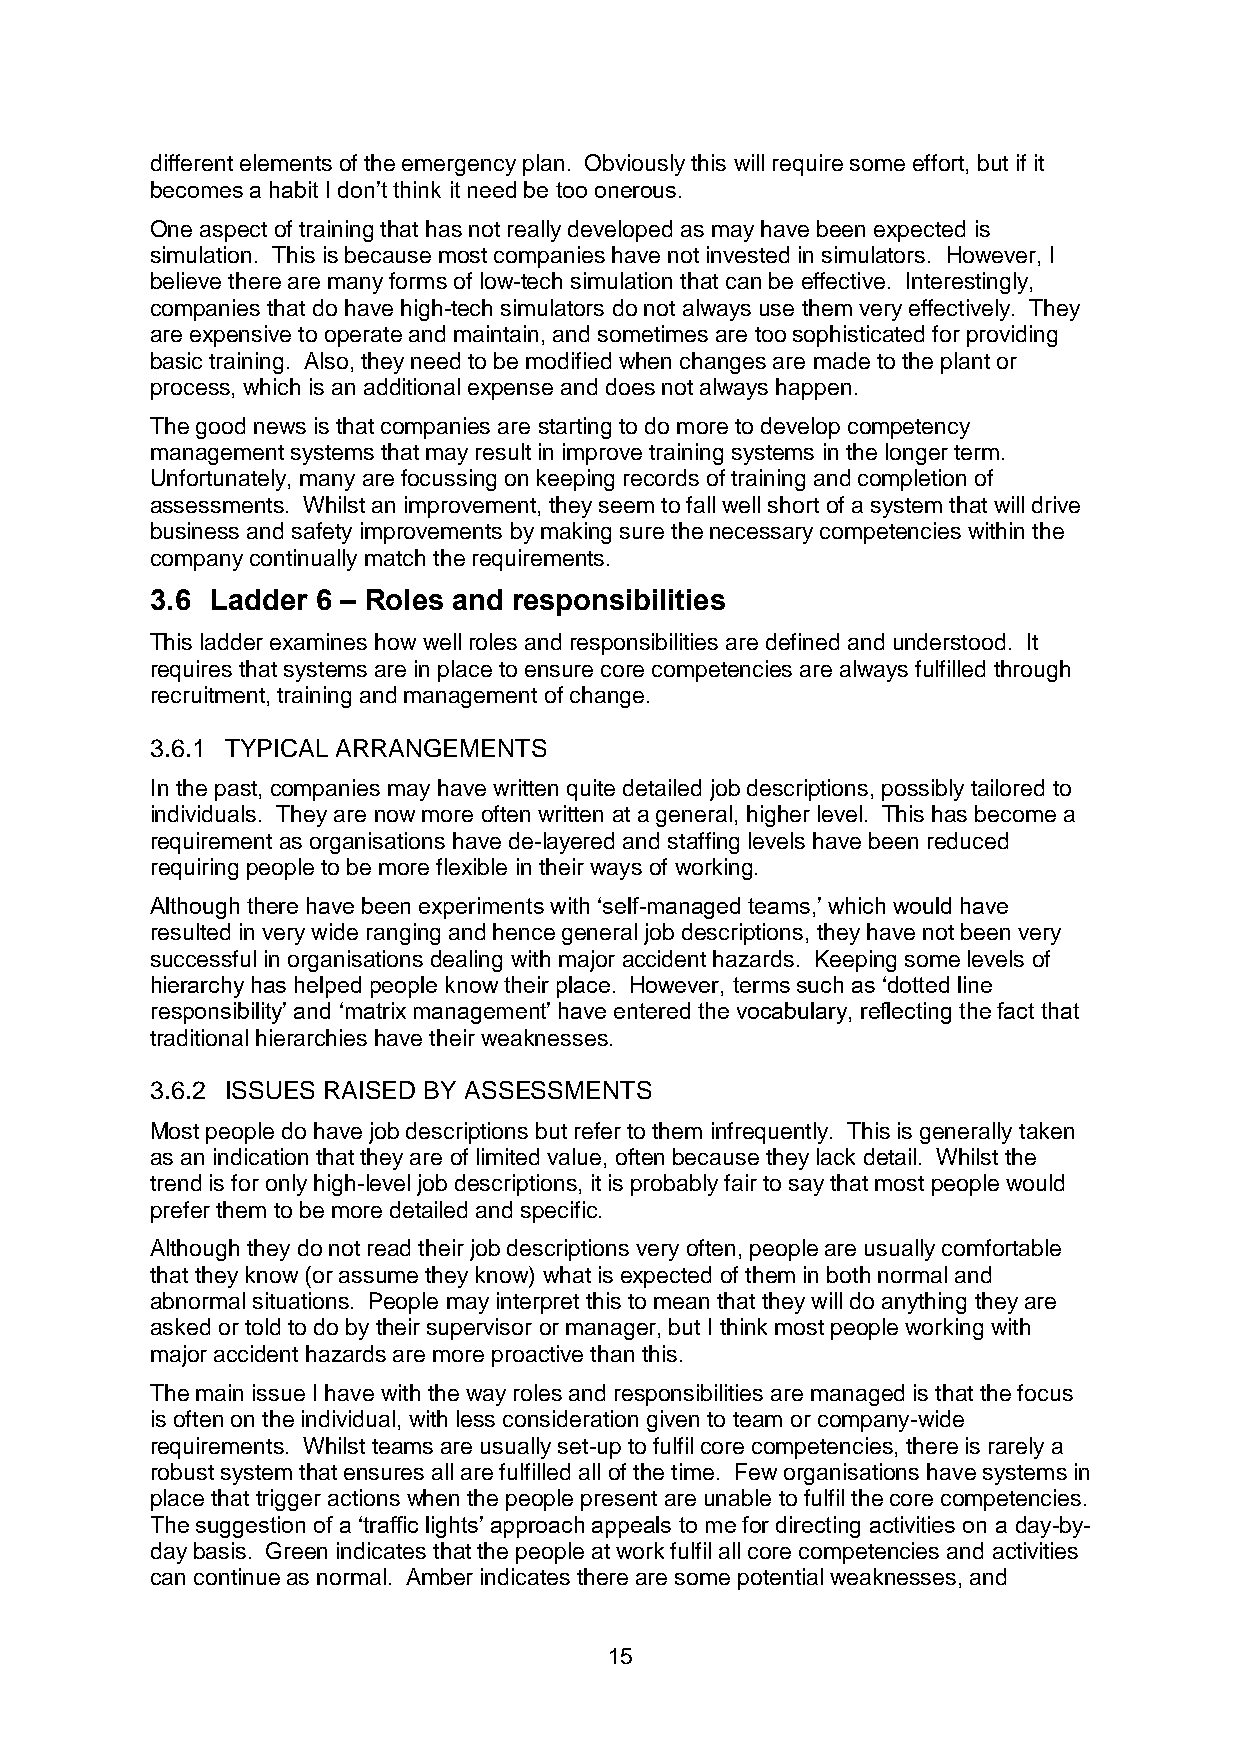
different elements of the emergency plan. Obviously this will require some effort, but if it
 becomes a habit I don’t think it need be too onerous.
 One aspect of training that has not really developed as may have been expected is
 simulation. This is because most companies have not invested in simulators. However, I
 believe there are many forms of low-tech simulation that can be effective. Interestingly,
 companies that do have high-tech simulators do not always use them very effectively. They
 are expensive to operate and maintain, and sometimes are too sophisticated for providing
 basic training. Also, they need to be modified when changes are made to the plant or
 process, which is an additional expense and does not always happen.
 The good news is that companies are starting to do more to develop competency
 management systems that may result in improve training systems in the longer term.
 Unfortunately, many are focussing on keeping records of training and completion of
 assessments. Whilst an improvement, they seem to fall well short of a system that will drive
 business and safety improvements by making sure the necessary competencies within the
 company continually match the requirements.
 3.6 Ladder 6 – Roles and responsibilities
 This ladder examines how well roles and responsibilities are defined and understood. It
 requires that systems are in place to ensure core competencies are always fulfilled through
 recruitment, training and management of change.
 3.6.1 TYPICAL ARRANGEMENTS
 In the past, companies may have written quite detailed job descriptions, possibly tailored to
 individuals. They are now more often written at a general, higher level. This has become a
 requirement as organisations have de-layered and staffing levels have been reduced
 requiring people to be more flexible in their ways of working.
 Although there have been experiments with ‘self-managed teams,’ which would have
 resulted in very wide ranging and hence general job descriptions, they have not been very
 successful in organisations dealing with major accident hazards. Keeping some levels of
 hierarchy has helped people know their place. However, terms such as ‘dotted line
 responsibility’ and ‘matrix management’ have entered the vocabulary, reflecting the fact that
 traditional hierarchies have their weaknesses.
 3.6.2 ISSUES RAISED BY ASSESSMENTS
 Most people do have job descriptions but refer to them infrequently. This is generally taken
 as an indication that they are of limited value, often because they lack detail. Whilst the
 trend is for only high-level job descriptions, it is probably fair to say that most people would
 prefer them to be more detailed and specific.
 Although they do not read their job descriptions very often, people are usually comfortable
 that they know (or assume they know) what is expected of them in both normal and
 abnormal situations. People may interpret this to mean that they will do anything they are
 asked or told to do by their supervisor or manager, but I think most people working with
 major accident hazards are more proactive than this.
 The main issue I have with the way roles and responsibilities are managed is that the focus
 is often on the individual, with less consideration given to team or company-wide
 requirements. Whilst teams are usually set-up to fulfil core competencies, there is rarely a
 robust system that ensures all are fulfilled all of the time. Few organisations have systems in
 place that trigger actions when the people present are unable to fulfil the core competencies.
 The suggestion of a ‘traffic lights’ approach appeals to me for directing activities on a day-by-
 day basis. Green indicates that the people at work fulfil all core competencies and activities
 can continue as normal. Amber indicates there are some potential weaknesses, and
 15